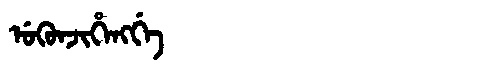
Manchu: ᡠᡴᡠᠨᠵᡳᡥᡝᠩᡤᡝ
Romanization: UKUNJIHENGGE